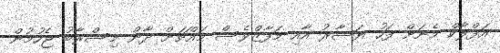
އަފްލާކް މެނަށް ފަހު ޔަޝާރު އާއި މަފާޒްވެސް މައްޗަށް ދާން މިސްރާބު ޖެހުމުން